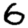
Digit: 6